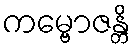
ကမ္ဗောဇန္တိ